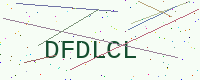
Text: DFDLCL